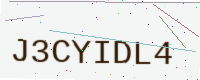
Text: J3CYIDL4